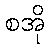
စအို